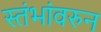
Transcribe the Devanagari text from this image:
स्तंभांवरुन